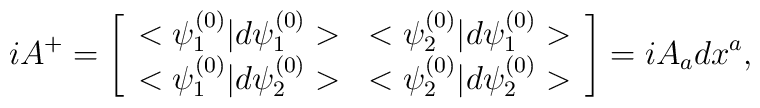
iA^{+}=\left [ \begin{array} {ll}<\psi^{(0)}_1|d\psi^{(0)}_1>& <\psi^{(0)}_2|d\psi^{(0)}_1> \\<\psi^{(0)}_1|d\psi^{(0)}_2>&<\psi^{(0)}_2|d\psi^{(0)}_2>\end{array} \right ]=iA_a dx^a,